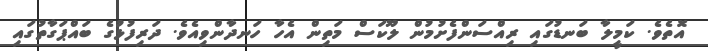
އޮތެވެ. ކަމީލާ ބަނޑުގައި ރިއްސަންފެށުމުން ލޫކަސް މަތިން އެހާ ހަނދާންވިއެވެ. ދަރިފުޅުގެ ބައްޕަގާތުގައި